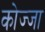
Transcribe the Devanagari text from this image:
कोज्जा